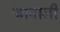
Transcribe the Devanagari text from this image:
जावाली